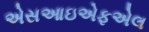
એસઆઇએફએલ